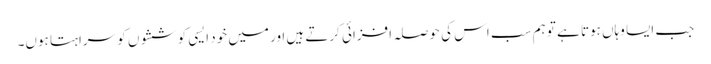
جب ایسا وہاں ہوتا ہے تو ہم سب اس کی حوصلہ افزائی کرتے ہیں اور میں خود ایسی کوششوں کو سراہتا ہوں۔